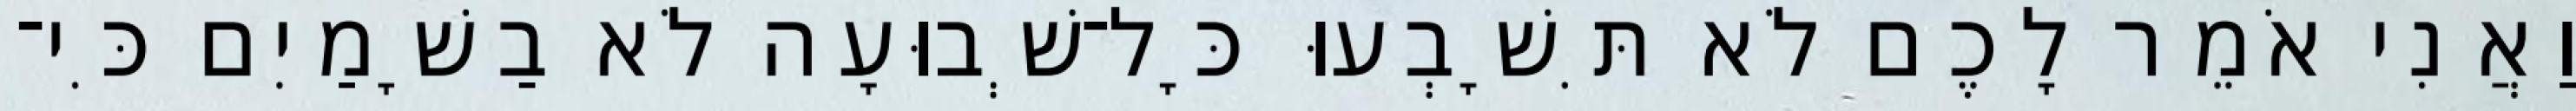
וַאֲנִי אֹמֵר לָכֶם לֹא תִּשָׁבְעוּ כָּל־שְׁבוּעָה לֹא בַשָׁמַיִם כִּי־